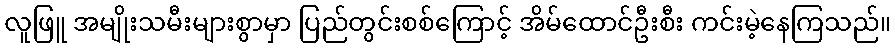
လူဖြူ အမျိုးသမီးများစွာမှာ ပြည်တွင်းစစ်ကြောင့် အိမ်ထောင်ဦးစီး ကင်းမဲ့နေကြသည်။